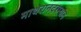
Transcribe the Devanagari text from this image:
माथेरानदरम्यान